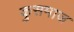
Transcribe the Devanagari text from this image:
कुसमाज